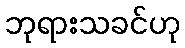
ဘုရားသခင်ဟု